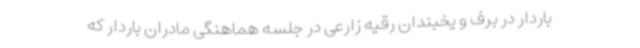
باردار در برف و یخبندان رقیه زارعی در جلسه هماهنگی مادران باردار که